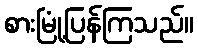
စားမြုံ့ပြန်ကြသည်။